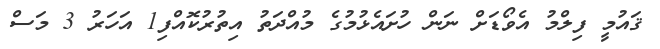
ޤައުމީ ފިލްމު އެވޯޑަށް ނަން ހުށައެޅުމުގެ މުއްދަތު އިތުރުކޮއްފި1 އަހަރު 3 މަސް